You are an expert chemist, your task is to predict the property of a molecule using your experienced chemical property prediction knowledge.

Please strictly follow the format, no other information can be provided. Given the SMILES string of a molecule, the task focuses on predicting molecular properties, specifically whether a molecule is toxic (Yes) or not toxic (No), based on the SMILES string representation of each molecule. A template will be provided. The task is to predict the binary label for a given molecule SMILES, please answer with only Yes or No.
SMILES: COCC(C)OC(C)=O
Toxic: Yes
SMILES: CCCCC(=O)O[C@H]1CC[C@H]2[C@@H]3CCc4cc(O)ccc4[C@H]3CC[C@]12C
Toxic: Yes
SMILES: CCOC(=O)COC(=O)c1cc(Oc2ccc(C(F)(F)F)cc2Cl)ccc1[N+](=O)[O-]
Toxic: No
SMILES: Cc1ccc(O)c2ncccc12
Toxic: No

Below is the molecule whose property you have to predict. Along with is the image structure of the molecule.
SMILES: O=[N+]([O-])c1cc(C(F)(F)F)ccc1Cl
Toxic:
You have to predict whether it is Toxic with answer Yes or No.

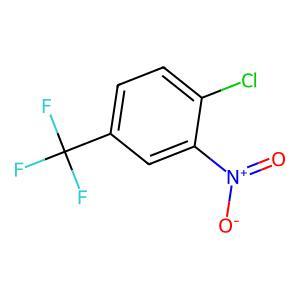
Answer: No